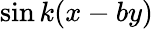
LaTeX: \sin{k(x-by)}